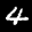
Label: 4